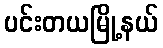
ပင်းတယမြို့နယ်